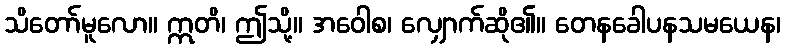
သိတော်မူလော။ ဣတိ၊ ဤသို့။ အဝေါစ၊ လျှောက်ဆို၏။ တေနခေါပနသမယေန၊